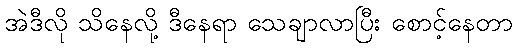
အဲဒီလို သိနေလို့ ဒီနေရာ သေချာလာပြီး စောင့်နေတာ